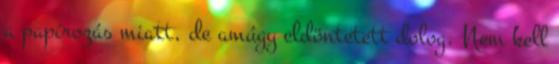
a papírozás miatt, de amúgy eldöntetett dolog. Nem kell